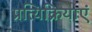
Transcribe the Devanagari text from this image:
प्रत्यिक्रियाएं